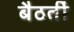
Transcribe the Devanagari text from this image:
बैठतीं